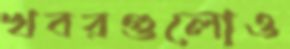
খবরগুলোও